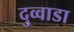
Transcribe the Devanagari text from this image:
दुव्वाडा